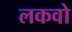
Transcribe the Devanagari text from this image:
लकवो